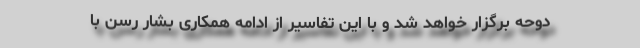
دوحه برگزار خواهد شد و با این تفاسیر از ادامه همکاری بشار رسن با